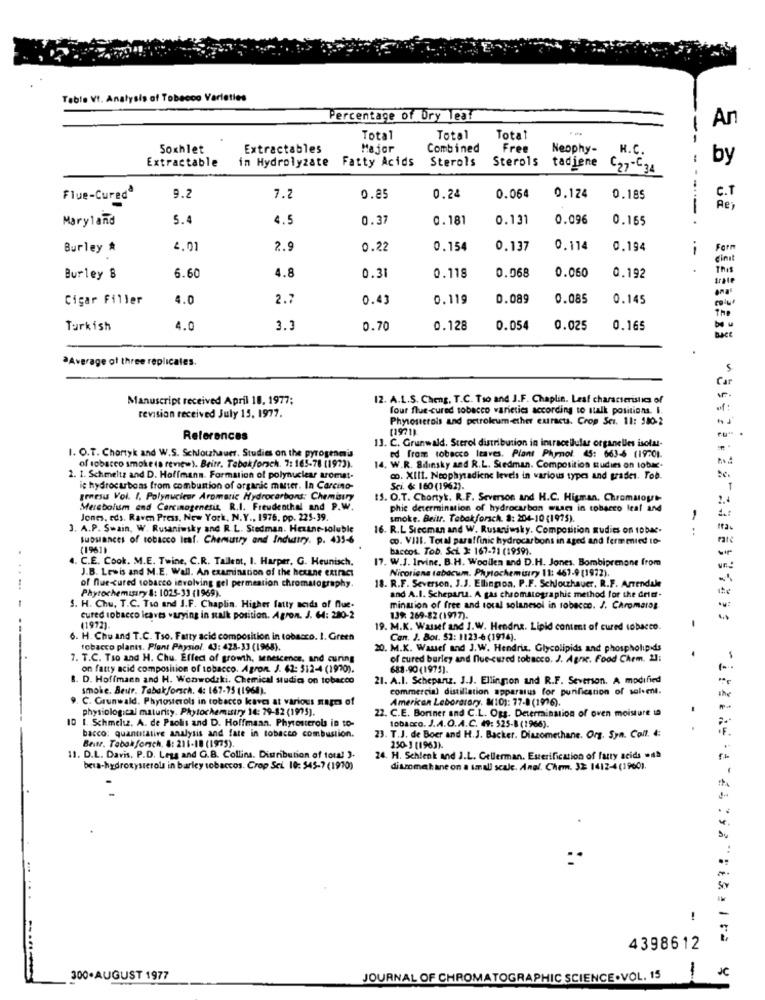
Table VI. Analysis of Tobacco Varieties
Percentage of Dry Teat
An
Total
Total
Total
Soxhlet
Extractables
Major
Combined
Free
Neophy-
H.C.
Extractable
in Hydrolyzate
Fatty Acids
Sterols
by
Sterols tadiene C27-C34
9.2
7.2
Flue-Curedª
0.85
0.24
0.064
0.124
0.185
C.T
Ře
Maryland
5.4
4.5
0.37
0.181
0.131
0.096
0.165
Burley *
4.01
2.9
0.22
0.154
0.137
0.174
0.194
.-
Form
cinit
0.060
.
This
Burley 8
6.60
4.8
0.31
0.118
0.068
0.192
trale
Cigar Filler
4.0
2.7
0.43
0.119
0.089
0.085
0.145
The
Turkish
4.0
3.
0.70
0.128
0.054
0.025
0.165
BACK
Average of three replicales.
Car
Manuscript received April 18, 1977;
12. A.L.S. Cheng, T.C. Tso and J.F. Chaplin. Leaf characteristics of
four flue-cured tobacco varieties according to stalk positions. I.
of:
revision received July 15, 1977.
Phytosterols and petroleum-ether extracts. Crop Sci. 11: 580-2
(1971)
References
13. C. Grunwald. Sterol distribution in intracellular organelles isolal-
1. O.T. Chortyk and W.S. Schlothauer. Studies on the pyrogenmis
ed fram tobacco Itaves. Plant Phymol. 45: 663-6 (1970).
of tobacco smoke (a review). Beitr. Tebokforach. 7: 165-78 (197).
14. W.R. Bilinsky and R.L. Stedman. Composition studies on tobae.
2. 1. Schmeltz and D. Hoffmann. Formation of polynuclear aromat-
c. XIII. Neophytadiene levels in various types and grades. Tob.
ic hydrocarbons from combustion of organic matter. In Carcino-
Sci. & 160 (1962).
genesis Vol. I. Polynucieor Aromatic Hydrocarbons: Chemistry
15. O.T. Chortyk. R.F. Severson and H.C. Higman, Chromatout-
2.4
Merebolum and Carcinogenesis. R.I. Freudenthal and P.W.
phic determination of hydrocarbon wuses in tobacco leal and
Jones, eds. Raven Press, New York, N.Y ., 1976. pp. 225-39.
smoke. Beitr. Tabakforsch. #: 204-10 (1975).
1
3. A.P. Swain, W. Rusaniwsky and R.L. Stedman. Hexane-soluble
16. R.L Siccman and W. Rusaniwsky, Composition audits on toba-
Ita.
Substances of tobacco leaf. Chemistry and Industry. p. 435-6
co. VIII. Total paraffinic hydrocarbons in aged and ferm mied to-
(1961)
baccos. Tob. Sci. 2: 167-11 (1959).
4. C.E. Cook. M.E. Twine, C.R. Tallent, I. Harper, G. Heunisch,
7. W.J. Irvine, B.H. Woollen and D.H. Jones, Bombiprenone from
J.B. Lewis and M.E. Wall. An examination of the hexane extract
Nicoriana tabacum. Phytochemistry 11: 461-9 (1972),
8. R.F. Severson, J.J. Elbingion. P.F. Schlochauer, R.F. Arrendale
Phytochemistry &: 1025-33 (1969).
of fue-cured tobacco involving gel permeation chromatography.
and A.I. Schepart. A gas chromatographie method for the Grid-
S. H. Chu. T.C. Tso and J.F. Chaplin. Higher fatty acids of flue.
mination of free and total solanesol in robecco. J. Chromaras
cured tobacco leaves varying in stalk position. Agron. J. 64: 280-2
13% 269-82 (1977).
(1972).
19. M.K. Wassef and I.W. Hendna. Lipid content of cured tobacco.
6. H. Chu and T.C. Tso. Fatty acid composition in tobacco. I. Green
Can. J. Bo1. 52: 1123-6 (1914).
tobacco plants. Plant Physiol. 43: 428-33 (1968).
20. M.K. Wauef and J.W. Hendrix. Glycolipids and phospholipids
7. T.C. Tso and H. Chu. Effect of growth, senescence, and curing
of cured burley and nue-cured tobacco. J. Agric. Food Chem. 21:
on fatty acid composition of tobacco. Agron. J. 62: 512-4 (1970).
688-90(1975).
D. Hoffmann and H. Wowwodzki. Chemical studios on tobacco
21. A.I. Schepariz. J.J. Ellingion and R.F. Severson. A modified
smoke. Beur. Tabakforsch. 4: 167-75 (1968).
commercial distillation apparatus for purification of solvent.
C. Grunwald. Phytosterols in tobacco kavc at various napra of
American Laboratory, M10): 77-0 (1976).
the
physiological maturity. Phytochemistry 14: 79-82 (1975).
22. C.E. Boriner and C.L. Ogg. Determination of oven moisture in
10 1. Schmeltz, A. de Paolis and D. Hoffmann. Phytosterols in to-
bacco: quantitative analysis and fate in tobacco combustion.
tobacco. J.A.O.A.C. 49: 525-8 (1966).
Beitr, Tabak forsch, &: 211-18 (1975).
23. T.J. de Boer and H.J. Backer. Diazomethane. Org. Syn. Coll. 4:
250-3 (1963).
11. D.L. Davis. P.D. Less and G.B. Collins. Distribution of tous! ).
24. H. Schlenk and J.L. Cellerman. Esterification of fatty acids .na
beta-hydroxysterols in barley tobaccos. Crop Sci 10: 545-7 (1970)
dismomethane on a small scale. Anal. Chem. 32: 1412-4(1960).
... ...
!
4398612
1
300.AUGUST 1977
JOURNAL OF CHROMATOGRAPHIC SCIENCE.VOL. 15